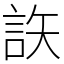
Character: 䛈